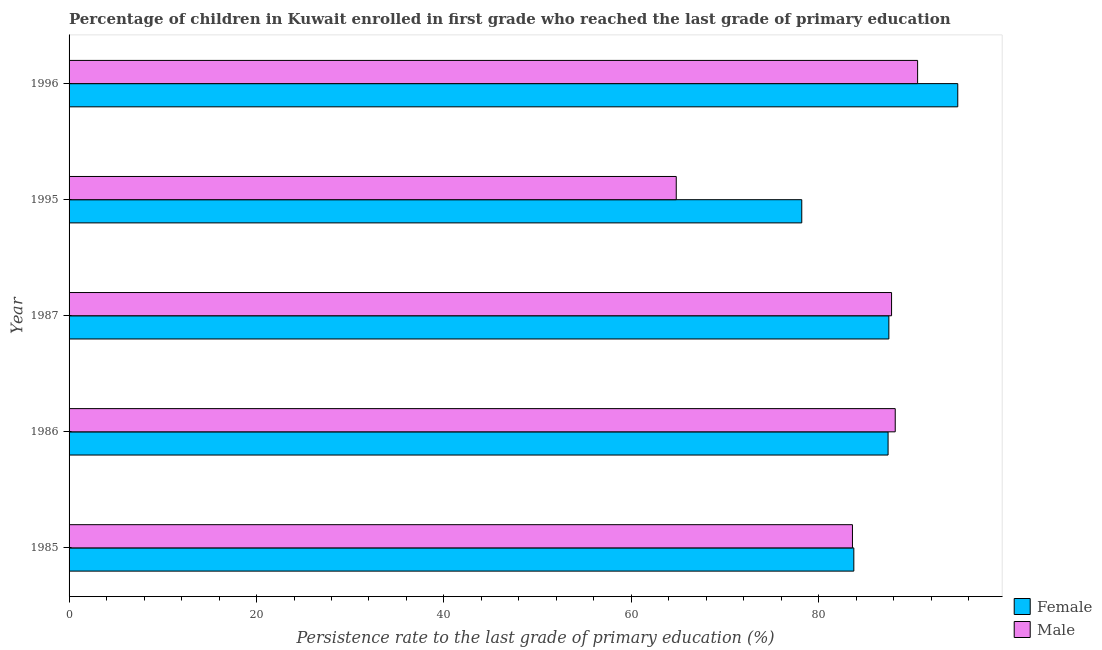
| Year | Female | Male |
 | --- | --- | --- |
 | 1985 | 83.7 | 83.6 |
 | 1986 | 87.4 | 88.2 |
 | 1987 | 87.5 | 87.8 |
 | 1995 | 78.2 | 64.8 |
 | 1996 | 94.8 | 90.5 |